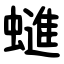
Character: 䗯